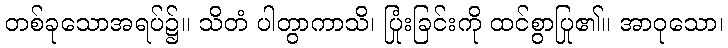
တစ်ခုသောအရပ်၌။ သိတံ ပါတွာကာသိ၊ ပြုံးခြင်းကို ထင်စွာပြု၏။ အာဝုသော၊